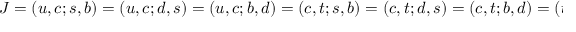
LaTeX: J = ( u , c ; s , b ) = ( u , c ; d , s ) = ( u , c ; b , d ) = ( c , t ; s , b ) = ( c , t ; d , s ) = ( c , t ; b , d ) = ( t , u ; s , b ) = ( t , u ; b , d ) = ( t , u ; d , s ) .